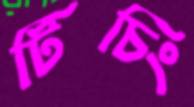
টিচিং